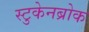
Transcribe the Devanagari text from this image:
स्टुकेनब्रोक